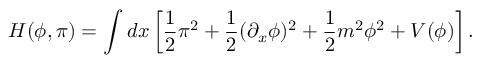
H ( \phi , \pi ) = \int d x \left[ { \frac { 1 } { 2 } } \pi ^ { 2 } + { \frac { 1 } { 2 } } ( \partial _ { x } \phi ) ^ { 2 } + { \frac { 1 } { 2 } } m ^ { 2 } \phi ^ { 2 } + V ( \phi ) \right] .